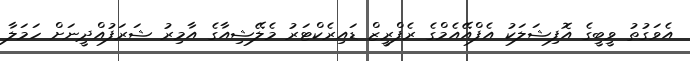
އެވަގުތު ވީބީގެ އޮފިޝަލަކު އެފްއޭއެމްގެ ރެފްރީޒް ޑައިރެކްޓަރު މެލޭޝިއާގެ އާމިރު ޝަރަފުއްދީނަށް ހަމަލާ